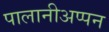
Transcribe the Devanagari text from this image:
पालानीअप्पन